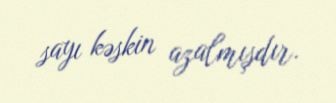
sayı kəskin azalmışdır.